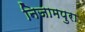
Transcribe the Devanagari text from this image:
निजामपुरा